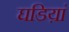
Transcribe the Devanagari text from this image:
घडिय़ां